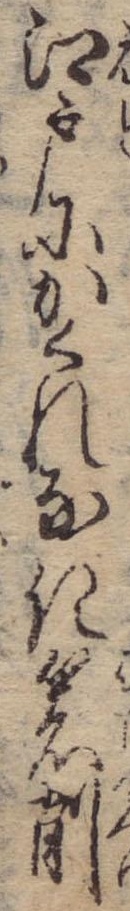
江戸にかくれなき箸削